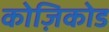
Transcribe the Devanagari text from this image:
कोज़िकोड